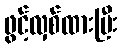
ဖွင့်လှစ်ထားပြီး